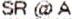
SR @ A